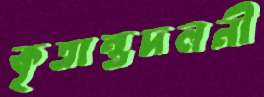
কৃতান্তদলনী